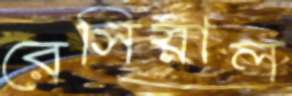
রেসিয়াল